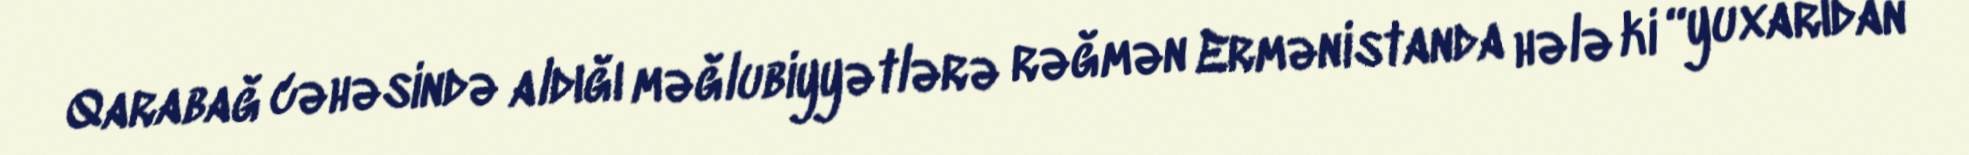
Qarabağ cəhəsində aldığı məğlubiyyətlərə rəğmən Ermənistanda hələ ki “yuxarıdan